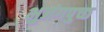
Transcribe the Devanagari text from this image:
भुजंगपुच्छ